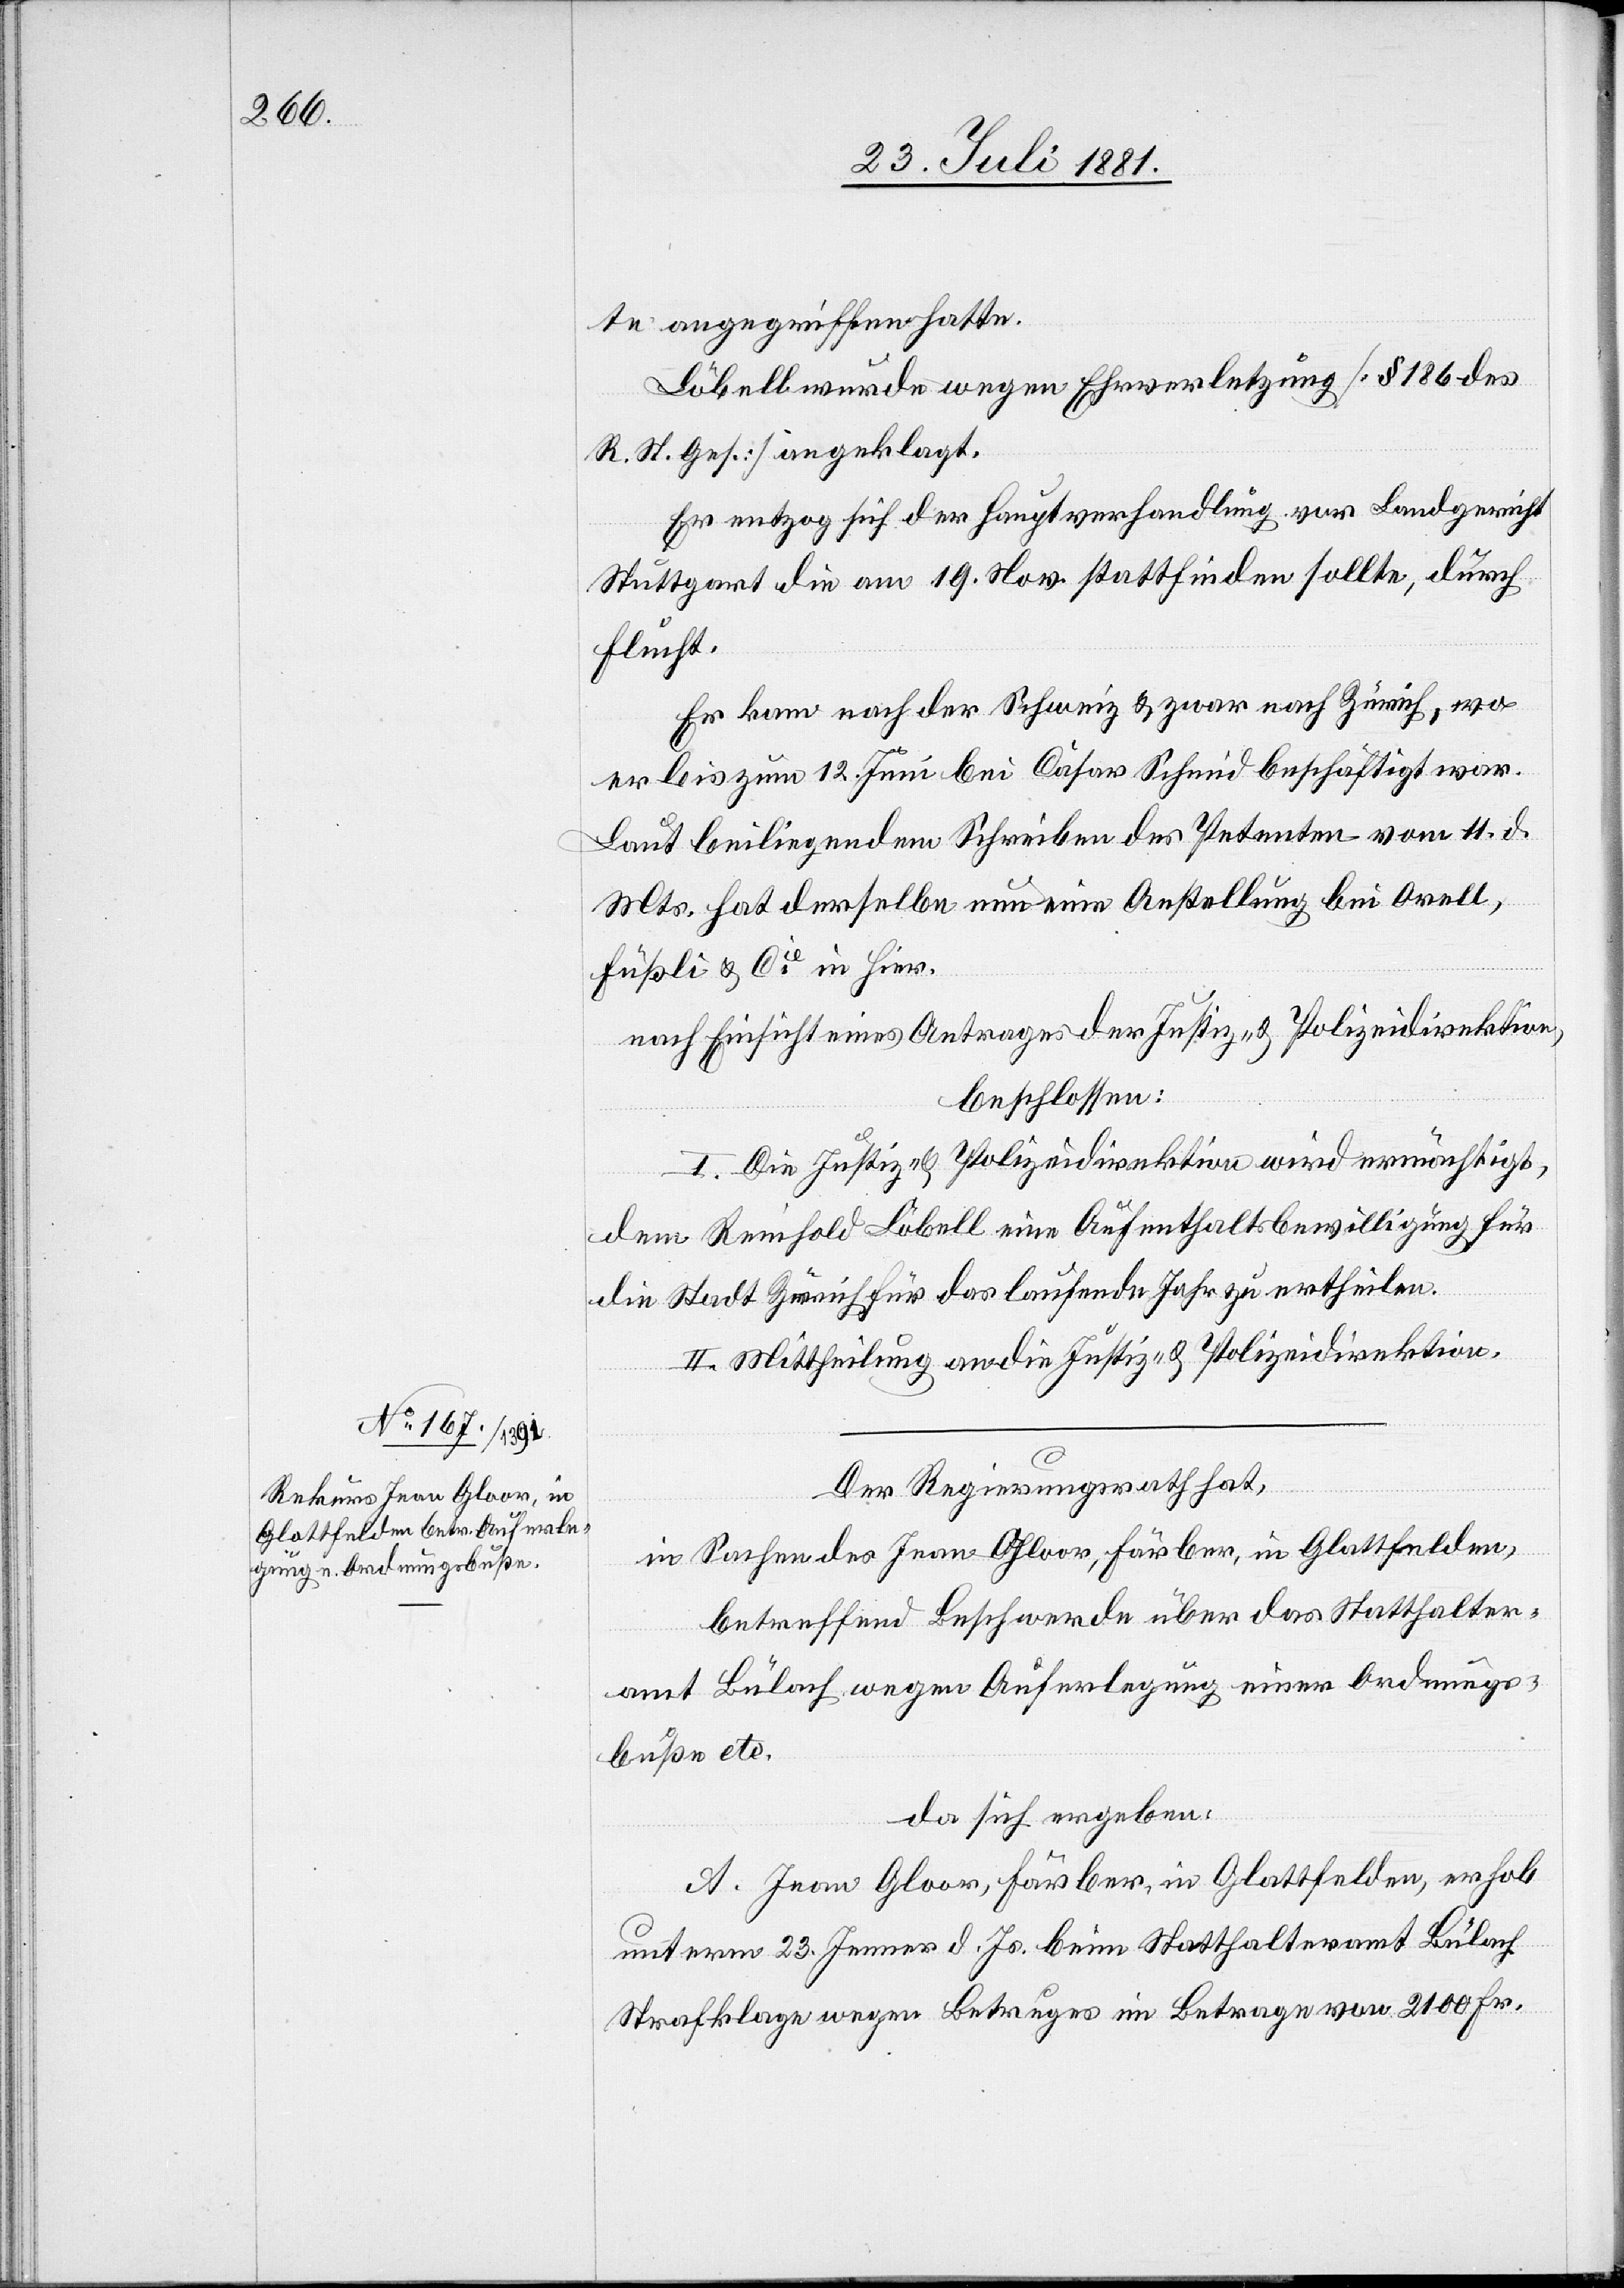
te angegriffen hatte.
Löbell wurde wegen Ehrverletzung [§ 186 des
R. St. Ges.] angeklagt.
Er entzog sich der Hauptverhandlung vor Landgericht
Stuttgart die am 19. Nov. stattfinden sollte, durch
Flucht.
Er kam nach der Schweiz & zwar nach Zürich, wo
er bis zum 12. Juni bei Cäsar Schmid beschäftigt war.
Laut beiliegendem Schreiben der Petenten vom 11. d.
Mts. hat derselbe nun eine Anstellung bei Orell,
Füßli & Cie in Hier.
nach Einsicht eines Antrages der Justiz- & Polizeidirektion,
beschlossen:
I. Die Justiz- & Polizeidirektion wird ermächtigt,
dem Reinhold Löbell eine Aufenthaltsbewilligung für
die Stadt Zürich für das laufende Jahr zu ertheilen.
II. Mittheilung an die Justiz- & Polizeidirektion.
Der Regierungsrath hat,
in Sachen des Jean Gloor, Färber, in Glattfelden,
betreffend Beschwerde über das Statthalter¬
amt Bülach wegen Auferlegung einer Ordnungs¬
buße etc.
da sich ergeben:
A. Jean Gloor, Färber, in Glattfelden erhob
unterm 23. Jenner d. Js. beim Statthalteramt Bülach
Strafklage wegen Betruges im Betrage von 2100 Fr.